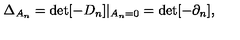
\Delta _ { A _ { n } } = \det [ - D _ { n } ] | _ { A _ { n } = 0 } = \det [ - \partial _ { n } ] ,